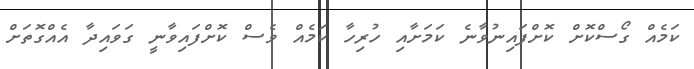
ކަމެއް ގޯސްކޮށް ކޮށްފައިނުވާނެ ކަމަށާއި ހުރިހާ ކަމެއް ވެސް ކޮށްފައިވާނީ ގަވައިދާ އެއްގޮތަށް